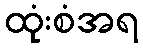
ထုံးစံအရ